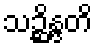
သဉ္ဆိန္ဒတိ